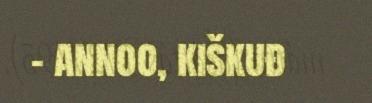
– annoo, kiškuđ